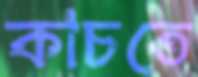
কাচতে